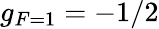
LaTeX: g_{F=1}=-1/2